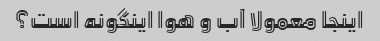
اینجا معمولا آب و هوا اینگونه است؟